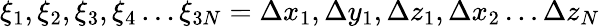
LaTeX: \xi_{1},\xi_{2},\xi_{3},\xi_{4}\ldots\xi_{3N}=\Delta x_{1},\Delta y_{1},\Delta z_{1},\Delta x_{2}\ldots\Delta z_{N}